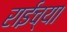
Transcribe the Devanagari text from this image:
राईच्या